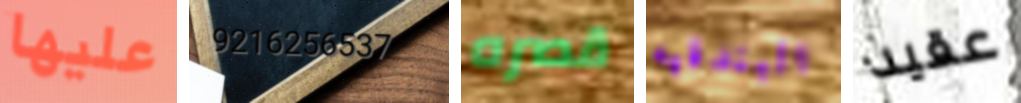
عليها 9216256537 قصره البندقيه عقيد